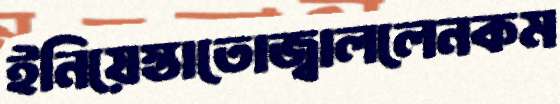
ইনিয়েস্তাতোজ্বাললেনকম